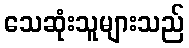
သေဆုံးသူများသည်